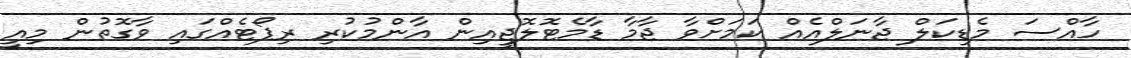
ހާއްސަ މެޑިކަލް ޖާނަލްއެއް ކަމަށްވާ ޖާމާ ޑާމެޓޮލޮޖީއިން އާންމުކުރި ރިޕޯޓެއްގައި ވާގޮތުން މިއީ